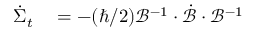
\begin{array} { r l } { \dot { \Sigma } _ { t } } & { { } = - ( \hbar / 2 ) \mathcal { B } ^ { - 1 } \cdot \mathcal { \dot { B } } \cdot \mathcal { B } ^ { - 1 } } \end{array}